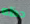
حظه